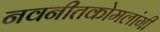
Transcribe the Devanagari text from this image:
नवनीतकोमलांगी